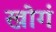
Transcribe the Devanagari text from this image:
खोगं